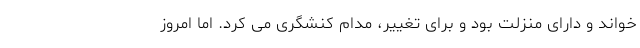
خواند و دارای منزلت بود و برای تغییر، مدام کنشگری می کرد. اما امروز